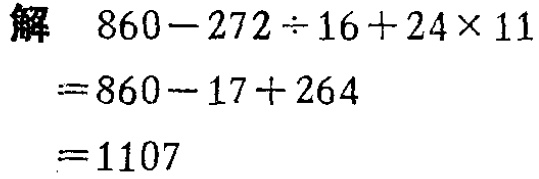
解

\[

\begin{align*}

&860 - 272\div16 + 24\times11\\

=&860 - 17+ 264\\

=&1107

\end{align*}

\]